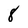
Character: 8